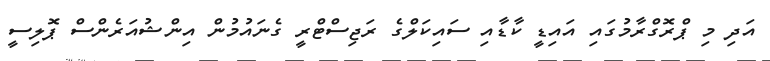
އަދި މި ޕްރޮގްރާމުގައި އައިޑީ ކާޑާއި ސައިކަލްގެ ރަޖިސްޓްރީ ގެނައުމުން އިންޝުއަރެންސް ޕޮލިސީ